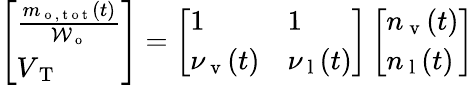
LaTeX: \begin{array}{r}{\left[\begin{array}{l}{\frac{m_{\mathrm{~o~,~t~o~t~}}(t)}{\mathcal{W}_{\mathrm{~o~}}}}\\ {V_{\mathrm{~T~}}}\end{array}\right]=\left[\begin{array}{ll}{1}&{1}\\ {\nu_{\mathrm{~v~}}(t)}&{\nu_{\mathrm{~l~}}(t)}\end{array}\right]\left[\begin{array}{l}{n_{\mathrm{~v~}}(t)}\\ {n_{\mathrm{~l~}}(t)}\end{array}\right]}\end{array}